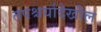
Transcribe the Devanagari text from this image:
तपश्चर्यादेखील